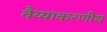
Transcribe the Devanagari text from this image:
वैय्याकरणीय